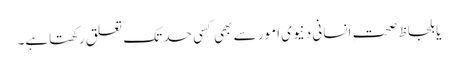
یا بلحاظ صحتِ انسانی دنیوی امور سے بھی کسی حد تک تعلق رکھتاہے۔